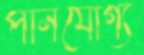
পানযোগ্য